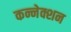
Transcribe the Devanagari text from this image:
कन्नेक्शन